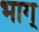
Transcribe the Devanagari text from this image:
भाग्